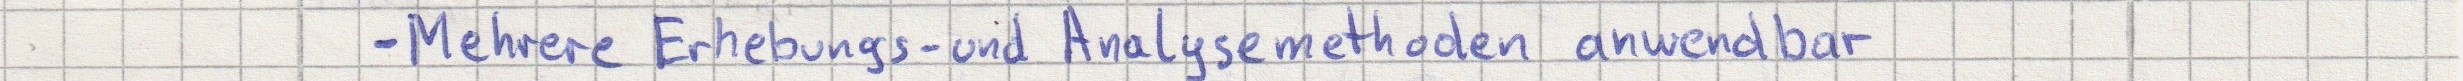
- Mehrere Erhebungs- und Analysemethoden anwendbar